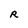
Character: R